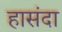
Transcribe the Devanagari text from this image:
हासंदा